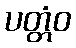
ပတ္တံဝ